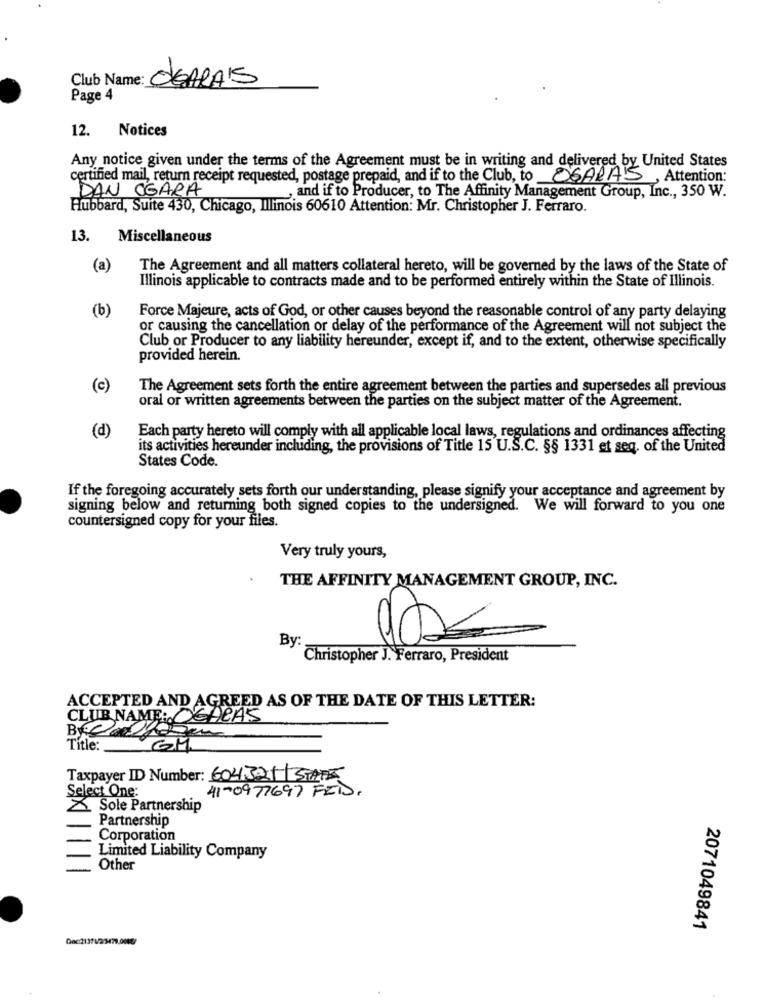
Club Name:
DEARAIS
Page 4
12.
Notices
Any notice given under the terms of the Agreement must be in writing and delivered by United States
certified mail, return receipt requested, postage prepaid, and if to the Club, to OGARA'S, Attention:
DAN OGARA
and if to Producer, to The Affinity Management Group, Inc ., 350 W.
Hubbard, Suite 430, Chicago, Illinois 60610 Attention: Mr. Christopher J. Ferraro.
13. Miscellaneous
(a)
The Agreement and all matters collateral hereto, will be governed by the laws of the State of
Illinois applicable to contracts made and to be performed entirely within the State of Illinois.
(b)
Force Majeure, acts of God, or other causes beyond the reasonable control of any party delaying
or causing the cancellation or delay of the performance of the Agreement will not subject the
Club or Producer to any liability hereunder, except if, and to the extent, otherwise specifically
provided herein.
(c)
The Agreement sets forth the entire agreement between the parties and supersedes all previous
oral or written agreements between the parties on the subject matter of the Agreement.
(d)
Each party hereto will comply with all applicable local laws, regulations and ordinances affecting
its activities hereunder including, the provisions of Title 15 U.S.C. §§ 1331 et seq. of the United
States Code.
If the foregoing accurately sets forth our understanding, please signify your acceptance and agreement by
signing below and returning both signed copies to the undersigned. We will forward to you one
countersigned copy for your files.
Very truly yours,
THE AFFINITY MANAGEMENT GROUP, INC.
By:
Christopher J. Ferraro, President
ACCEPTED AND AGREED AS OF THE DATE OF THIS LETTER:
CLUB NAME: DEARAS
Title:
GM
Taxpayer ID Number: 604321 STARK
Select One:
41-0977697 FEIJ.
Sole Partnership
Partnership
Corporation
Limited Liability Company
Other
2071049841